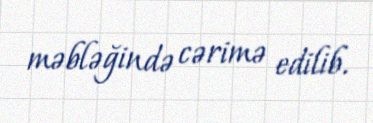
məbləğində cərimə edilib.